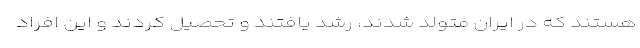
هستند که در ایران متولد شدند، رشد یافتند و تحصیل کردند و این افراد